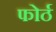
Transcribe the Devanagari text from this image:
फोर्ठ